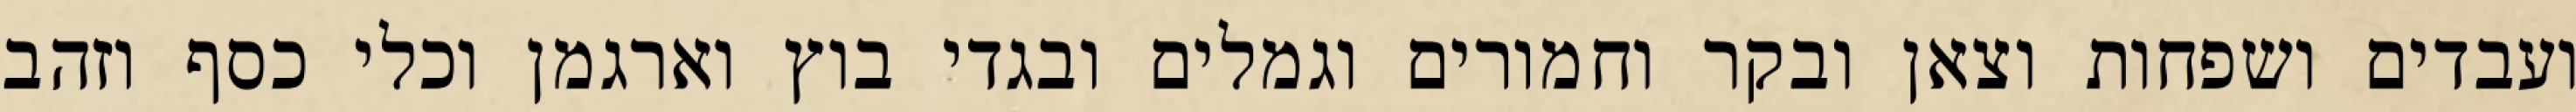
ועבדים ושפחות וצאן ובקר וחמורים וגמלים ובגדי בוץ וארגמן וכלי כסף וזהב